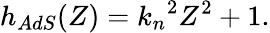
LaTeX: h_{AdS}(Z)={k_{n}}^{2}Z^{2}+1.